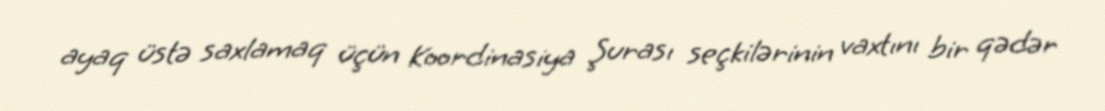
ayaq üstə saxlamaq üçün Koordinasiya Şurası seçkilərinin vaxtını bir qədər